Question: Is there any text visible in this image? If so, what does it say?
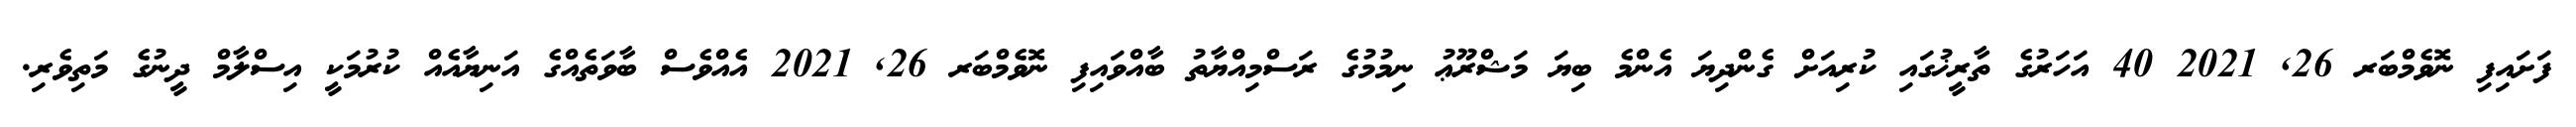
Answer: ފަށައިފި ނޮވެމްބަރ 26, 2021 40 އަހަރުގެ ތާރީޚުގައި ކުރިއަށް ގެންދިޔަ އެންމެ ބިޔަ މަޝްރޫޢު ނިމުމުގެ ރަސްމިއްޔާތު ބާއްވައިފި ނޮވެމްބަރ 26, 2021 އެއްވެސް ބާވަތެއްގެ އަނިޔާއެއް ކުރުމަކީ އިސްލާމް ދީނުގެ މަތިވެރި.